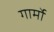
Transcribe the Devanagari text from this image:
गार्मो